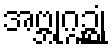
အဗ္ဘုဂ္ဂဉ္ဆုံ